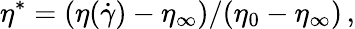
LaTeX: \eta^{*}=(\eta(\dot{\gamma})-\eta_{\infty})/(\eta_{0}-\eta_{\infty})\, ,